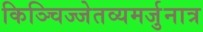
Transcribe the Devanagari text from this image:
किञ्चिज्जेतव्यमर्जुनात्र